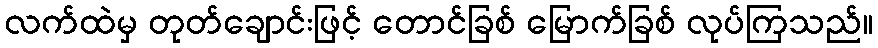
လက်ထဲမှ တုတ်ချောင်းဖြင့် တောင်ခြစ် မြောက်ခြစ် လုပ်ကြသည်။